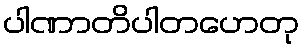
ပါဏာတိပါတဟေတု